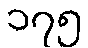
၁၇၅